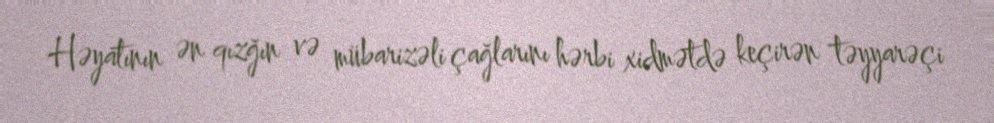
Həyatının ən qızğın və mübarizəli çağlarını hərbi xidmətdə keçirən təyyarəçi